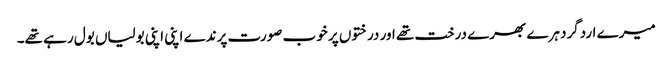
میرے اردگرد ہرے بھرے درخت تھے اور درختوں پر خوب صورت پرندے اپنی اپنی بولیاں بول رہے تھے۔